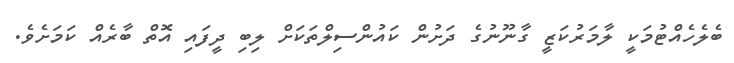
ބެލެހެއްޓުމަކީ ލާމަރުކަޒީ ގާނޫނުގެ ދަށުން ކައުންސިލްތަކަށް ލިބި ދީފައި އޮތް ބާރެއް ކަމަށެވެ.